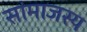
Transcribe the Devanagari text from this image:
सांमाजस्य